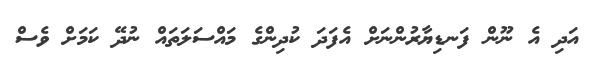
އަދި އެ ނޫން ފަނޑިޔާރުންނަށް އެފަދަ ކުދިންގެ މައްސަލަތައް ނުދޭ ކަމަށް ވެސް